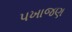
પખાજણ